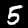
Label: 5